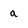
Character: a